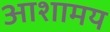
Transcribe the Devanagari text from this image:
आशामय